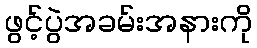
ဖွင့်ပွဲအခမ်းအနားကို